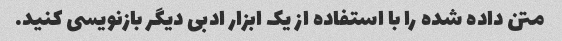
متن داده شده را با استفاده از یک ابزار ادبی دیگر بازنویسی کنید.